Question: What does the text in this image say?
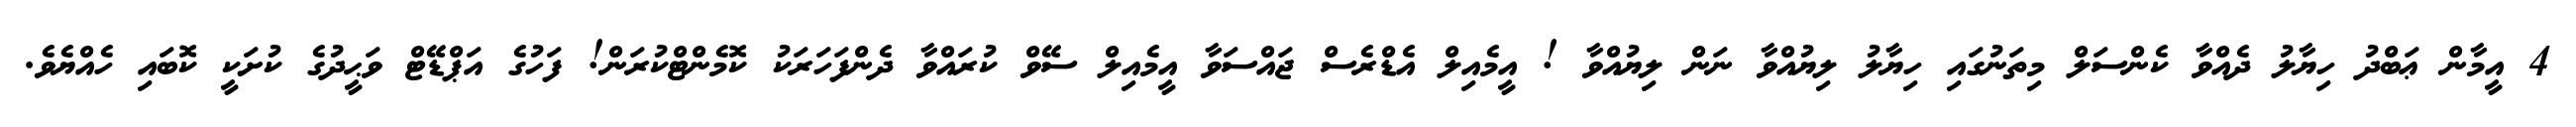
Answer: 4 އީމާން ޢަބްދު ހިޔާލު ދެއްވާ ކެންސަލް މިތަނުގައި ހިޔާލު ލިޔުއްވާ ނަން ލިޔުއްވާ ! އީމެއިލް އެޑްރެސް ޖައްސަވާ އީމެއިލް ސޭވް ކުރައްވާ ދެންފަހަރަކު ކޮމެންޓްކުރަން! ފަހުގެ އަޕްޑޭޓް ވަޙީދުގެ ކުށަކީ ކޮބައި ހެއްޔެވެ.